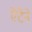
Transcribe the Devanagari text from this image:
ऐटेने